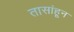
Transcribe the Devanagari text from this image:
तासांहून